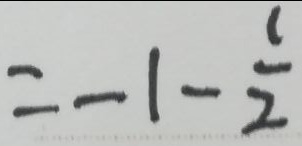
= - 1 - \frac { 1 } { 2 }